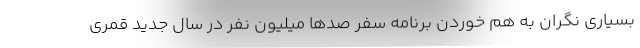
بسیاری نگران به هم خوردن برنامه سفر صدها میلیون نفر در سال جدید قمری